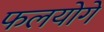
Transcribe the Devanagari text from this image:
फलयोगे